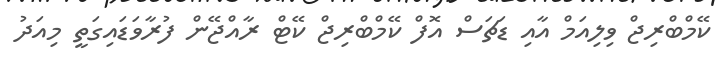
ކޭމްބްރިޖް ވިލިއަމް އާއި ޑަޗަސް އޮފް ކޭމްބްރިޖް ކޭޓް ރާއްޖޭން ފުރާވަޑައިގަތީ މިއަދު